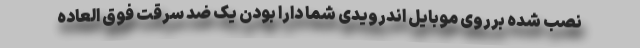
نصب شده برروی موبایل اندرویدی شما دارا بودن یک ضد سرقت فوق العاده